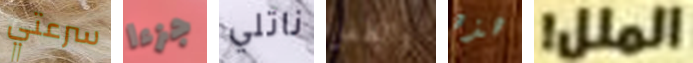
سرعتي جزءا ناتلي والطفل هذه الملل!